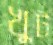
খুট